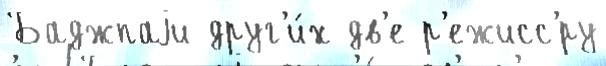
Баджпаjи друг'и́х дв'е р'ежисс'́ру